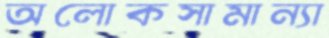
অলোকসামান্যা